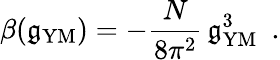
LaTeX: \beta(\mathfrak{g}_{\mathrm{{YM}}})=-\frac{{N}}{{8\pi^{2}}}\, \mathfrak{g}_{\mathrm{{YM}}}^{3}~~.